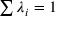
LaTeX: \textstyle \sum \lambda _ { i } = 1